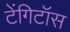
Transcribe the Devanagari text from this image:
टेंगिटॉस